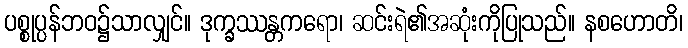
ပစ္စုပ္ပန်ဘဝ၌သာလျှင်။ ဒုက္ခဿန္တကရော၊ ဆင်းရဲ၏အဆုံးကိုပြုသည်။ နစဟောတိ၊